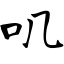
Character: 叽